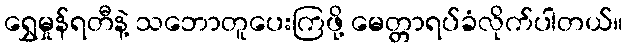
ရွှေမှုန်ရတီနဲ့ သဘောတူပေးကြဖို့ မေတ္တာရပ်ခံလိုက်ပါတယ်။